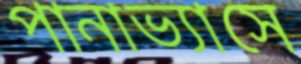
পানাভ্যাসে